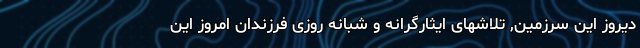
دیروز این سرزمین, تلاشهای ایثارگرانه و شبانه روزی فرزندان امروز این